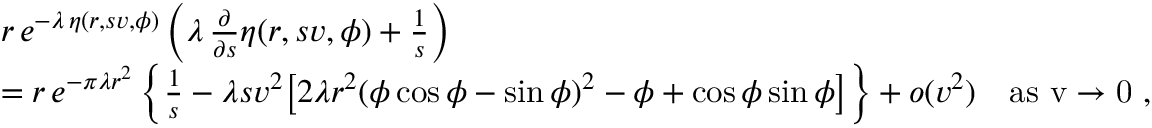
\begin{array} { r l } & { r \, e ^ { - \lambda \, \eta ( r , s v , \phi ) } \, \Bigl ( \lambda \, \frac { \partial } { \partial s } \eta ( r , s v , \phi ) + \frac { 1 } { s } \Bigr ) } \\ & { = r \, e ^ { - \pi \lambda r ^ { 2 } } \, \Bigl \{ \frac { 1 } { s } - \lambda s v ^ { 2 } \bigl [ 2 \lambda r ^ { 2 } ( \phi \cos \phi - \sin \phi ) ^ { 2 } - \phi + \cos \phi \sin \phi \bigr ] \Bigr \} + o ( v ^ { 2 } ) \quad \mathrm { a s ~ v \to 0 ~ , } } \end{array}